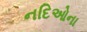
નદિઓના